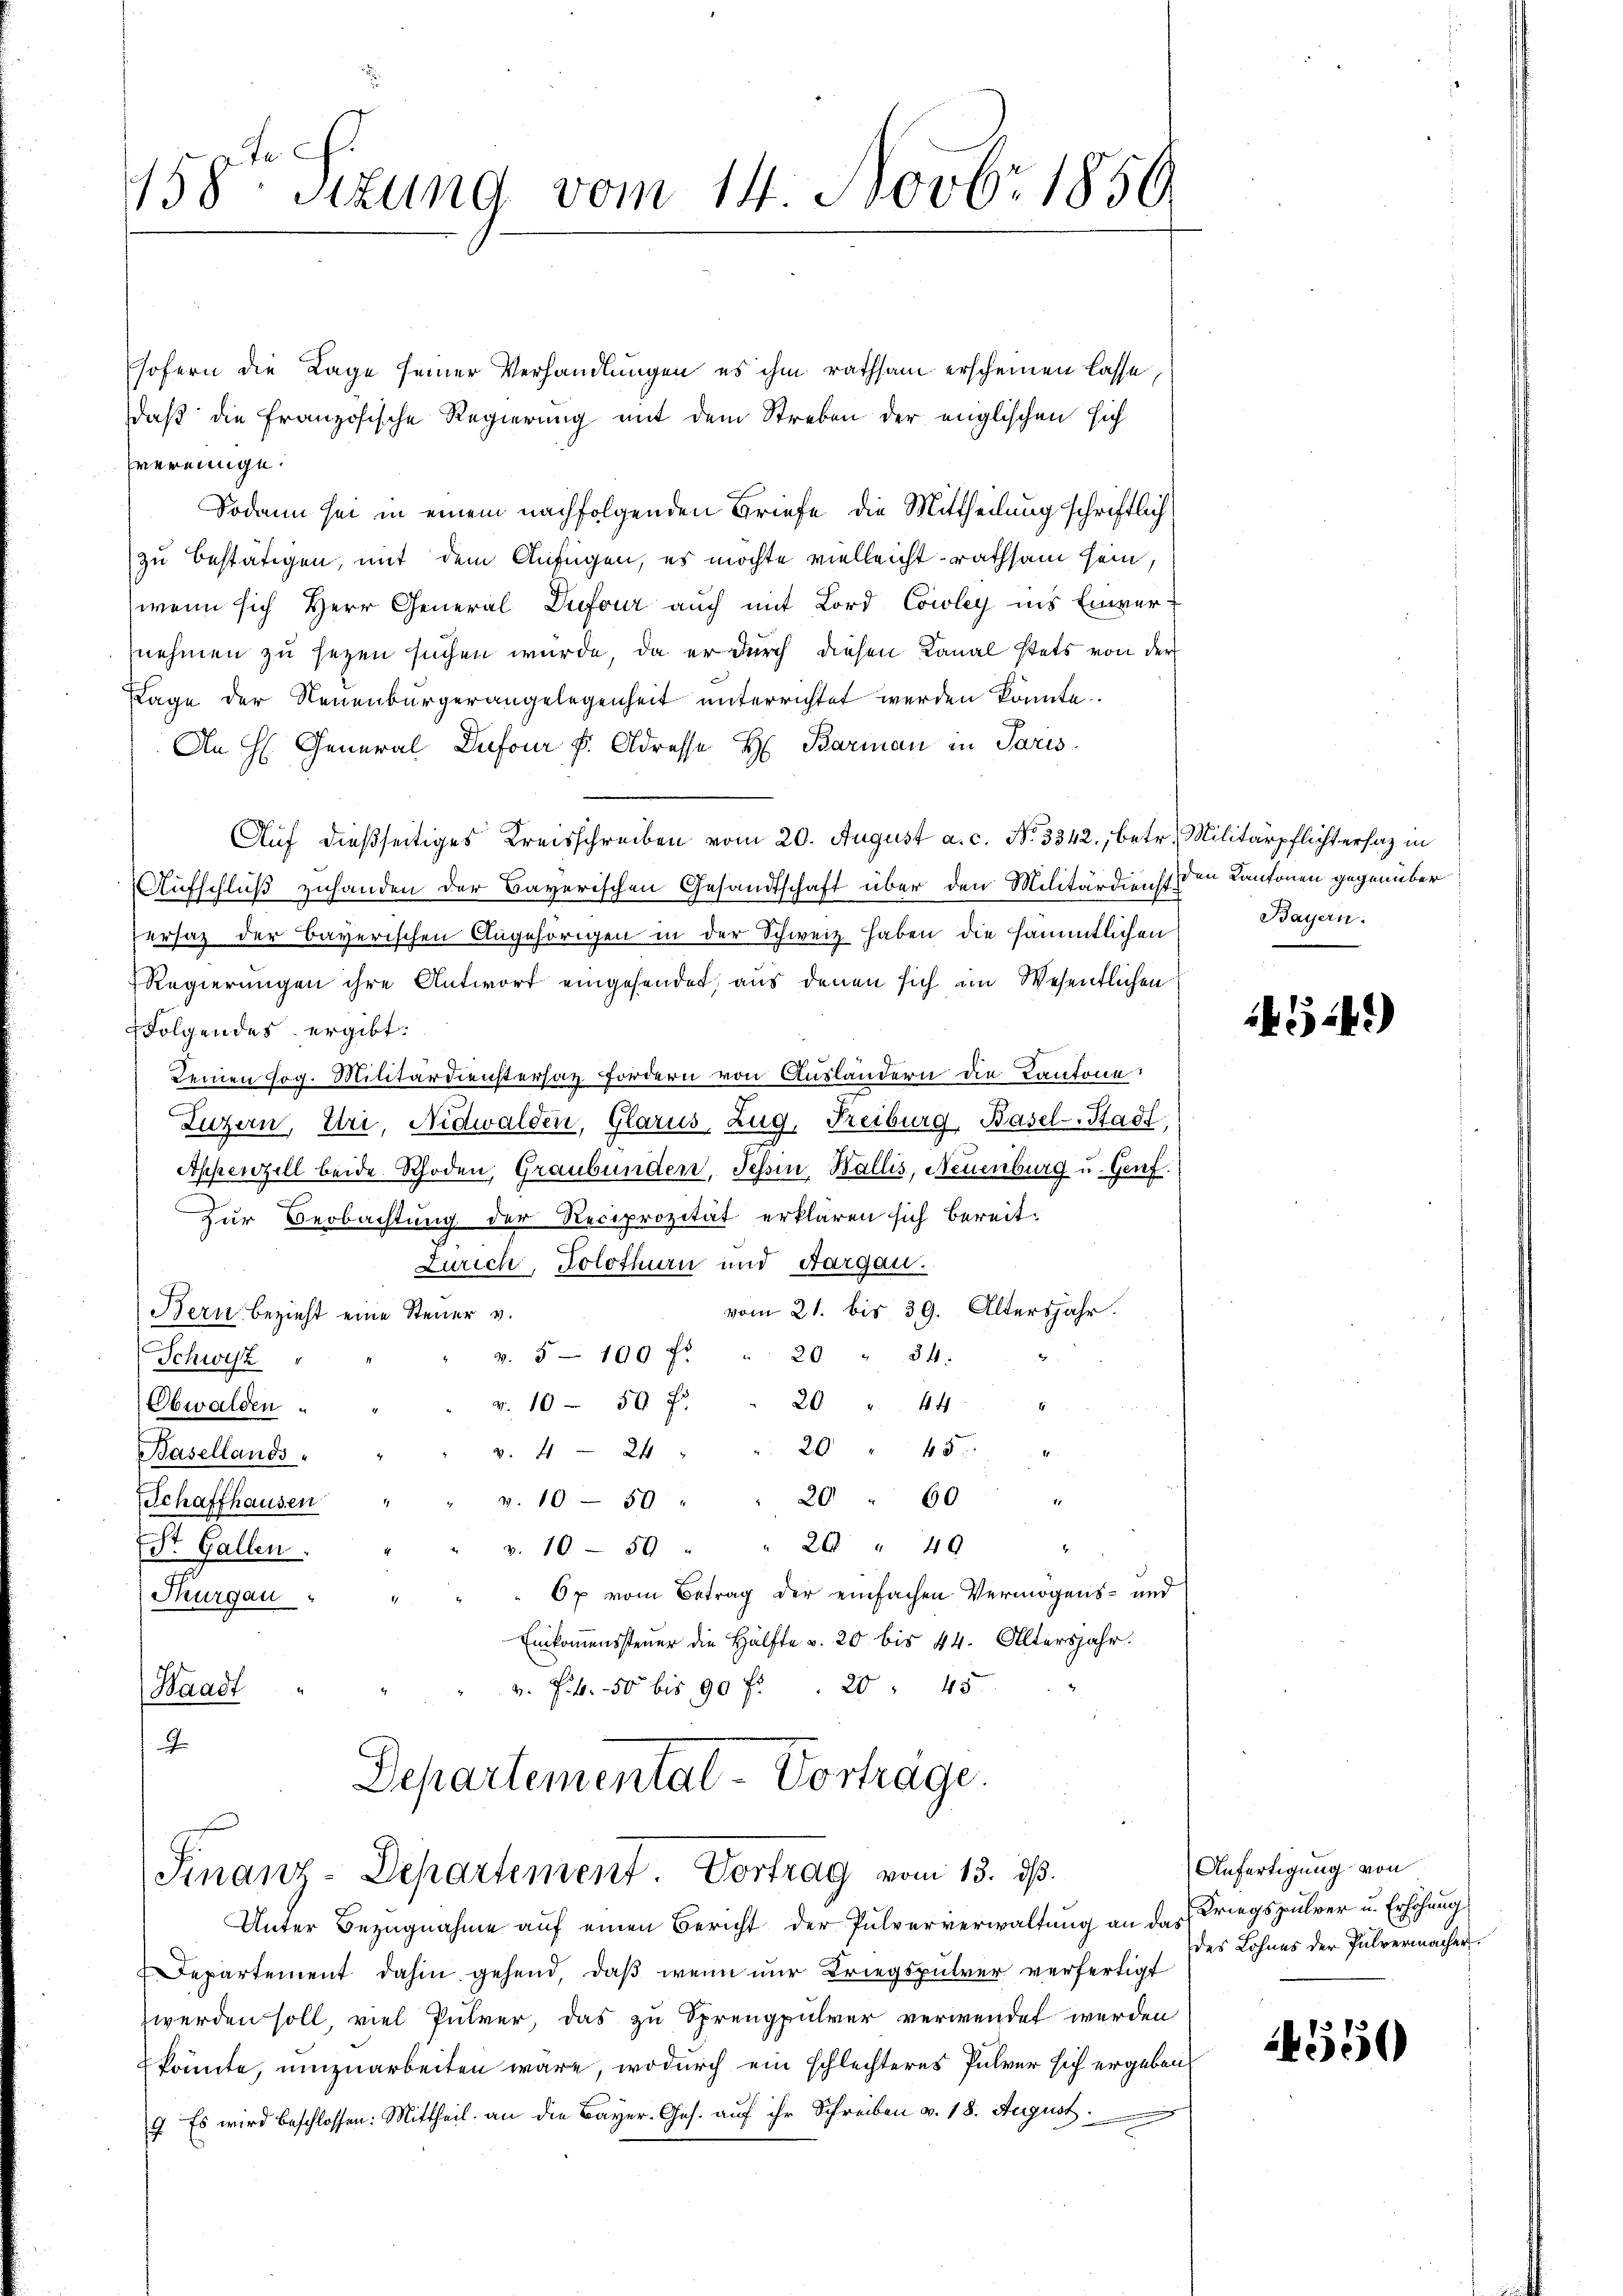
158te Sitzung vom 14. Novbr 1850

sofern die Lage seiner Verhandlungen es ihm rathsam erscheinen lasse
daß die Französische Regierung mit dem Streben der englischen sich
hvereinge.
Sodann sei in einem nachfolgenden Briefe, die Mittheilung schriftlich
zu bestätigen, mit dem Anfügen, es möchte vielleicht rathsam sein,
wenn sich Herr General Dufour auch mit Lord Cowley ins Einvernehmen zu sezen suchen würde, da er durch diesen Kanal stets von der
Tage der Neuenburgerangelegenheit unterrichtet werden könnte.
An H. General Dufour d. Adresse H. Barman in Paris
Auf dießseitiges Kreisschreiben vom 20. August a. c. No. 3342., betr. Militärpflichtersaz in
Aufschluß zuhanden der Bayerischen Gesandtschaft über den Militärdienst den Kantonen gegenüber
ersatz der Bayerischen Angehörigen in der Schweiz haben die sämmtlichen
Regierungen ihre Antwort eingesendet, aus denen sich im Wesentlichen
Ffolgendes ergibt:
Deinen sog. Militärdienstersatz fordern von Ausländern die Kantone,
Luzern, Uri, Nidwalden, Glarus, Zug, Freiburg, Basel-Stadt,
Appenzell beide Rhoden, Graubünden, Tessin, Wallis, Neuenburg u. Genf.
Zur Beobachtung der Reciprozität erklären sich bereit:
Zürich, Solothurn und Aargau.
vom 21. bis 39. Altersjahr.
Bern bezieht eine Steuer v.
v. 5. 100 f: " 20 " 24.
Schweiz
20 " 445
v. 10 - 50 x
Obwalden
20 " 45
v. 4 24 "
Basellands
20 " 60 "
v. 10 - 50
Schaffhausen
v. 10 - 59 " " 20 " 49 "
ESt. Gallen.
6p vom Betrag der einfachen Vermögens- und
Thurgau
Einkommenssteuer die Hälfte v. 20 bis 44. Altersjahr.
v. Frk. 50 bis 90 f 20 " 45
Waadt
J
Departemental-Vorträge.
Finanz-Departement. Vortrag vom 13. ds.
Unter Bezugnahme aŭf einen Bericht der Pulververwaltŭng an das Kriegspulver u. Erhöhŭng
Departement dahin gehend, daß wenn nur Kriegspührer verfertigt
zwerden soll, viel Pulver, das zu Sprengpulver verwendet werden
könnte, umzuarbeiten wäre, wodurch ein schlechteres Pulver sich ergeben
7. Es wird beschlossen: Mittheil an die Bayer-Ges. auf ihr Schreiben v. 18. August.

Bayern.

544)

Anfertigung von
des Lohnes der Pulvermacher.

4550